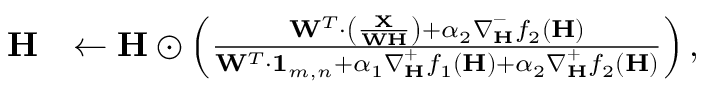
\begin{array} { r l } { \mathbf { H } } & { \leftarrow \mathbf { H } \odot \left( \frac { \mathbf { W } ^ { T } \cdot \left( \frac { \mathbf { X } } { \mathbf { W } \mathbf { H } } \right) + \alpha _ { 2 } \boldsymbol \nabla _ { \mathbf { H } } ^ { - } f _ { 2 } ( \mathbf { H } ) } { \mathbf { W } ^ { T } \cdot \mathbf { 1 } _ { m , n } + \alpha _ { 1 } \boldsymbol \nabla _ { \mathbf { H } } ^ { + } f _ { 1 } ( \mathbf { H } ) + \alpha _ { 2 } \boldsymbol \nabla _ { \mathbf { H } } ^ { + } f _ { 2 } ( \mathbf { H } ) } \right) , } \end{array}